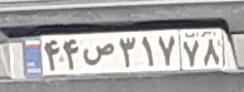
۴۴ص۳۱۷۷۸